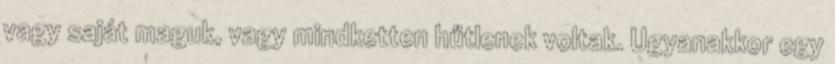
vagy saját maguk, vagy mindketten hűtlenek voltak. Ugyanakkor egy